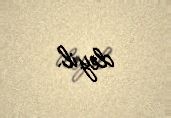
deyil.